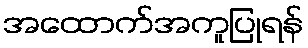
အထောက်အကူပြုရန်